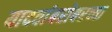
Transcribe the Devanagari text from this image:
यादवांबरोबरच्या